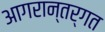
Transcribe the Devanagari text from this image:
आगरान्तर्गत